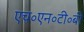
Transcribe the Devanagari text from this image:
एच॰एन॰टी॰बी